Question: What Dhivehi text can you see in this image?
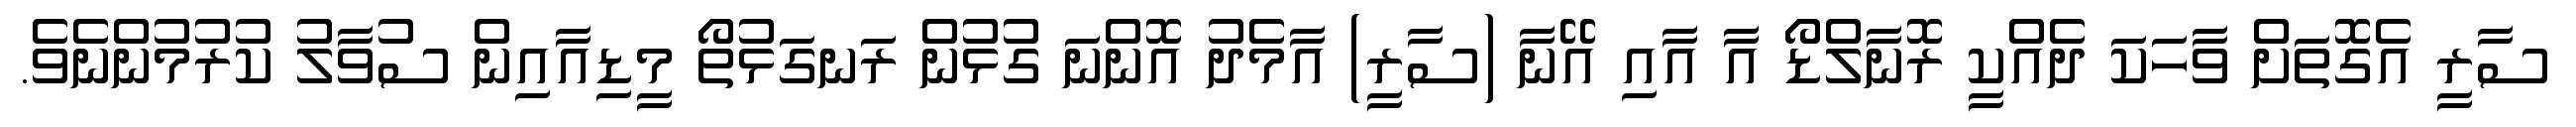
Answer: ސާރީ އެގޮތަށް ވާހަކަ ދެއްކީ ރޮނާލްޑޯ އާ އާއި އޭނާ (ސާރީ) އާމެދު އޮންނަ ގުޅުން ރަނގަޅުތޯ މީޑިއާއިން ސުވާލު ކުރުމުންނެވެ.